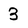
Character: 3